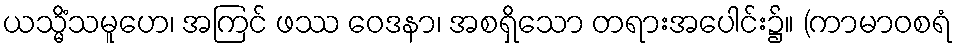
ယသ္မိံသမူဟေ၊ အကြင် ဖဿ ဝေဒနာ၊ အစရှိသော တရားအပေါင်း၌။ (ကာမာဝစရံ